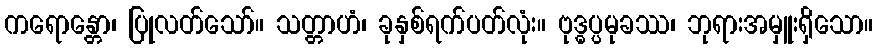
ကရောန္တော၊ ပြုလတ်သော်။ သတ္တာဟံ၊ ခုနှစ်ရက်ပတ်လုံး။ ဗုဒ္ဓပ္ပမုခဿ၊ ဘုရားအမှူးရှိသော။